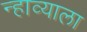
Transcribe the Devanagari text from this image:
न्हाव्याला